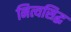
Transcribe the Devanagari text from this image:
नित्यसिद्ध